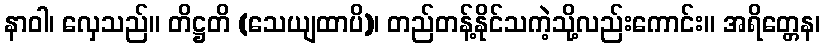
နာဝါ၊ လှေသည်။ တိဋ္ဌတိ (သေယျထာပိ)၊ တည်တန့်နိုင်သကဲ့သို့လည်းကောင်း။ အရိတ္တေန၊